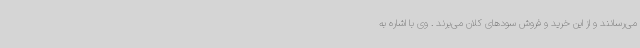
می‌رسانند و از این خرید و فروش سودهای کلان می‌برند . وی با اشاره به